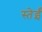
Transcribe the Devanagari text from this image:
स्तेईं